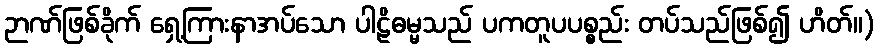
ဉာဏ်ဖြစ်ခိုက် ရှေ့ကြားနာအပ်သော ပါဠိဓမ္မသည် ပကတူပပစ္စည်း တပ်သည်ဖြစ်၍ ဟိတ်။)